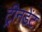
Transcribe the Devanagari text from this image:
ट्रीनडेंट